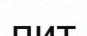
пит